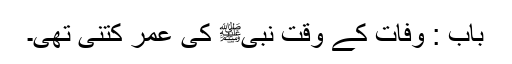
باب : وفات کے وقت نبیﷺ کی عمر کتنی تھی۔